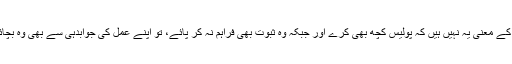
لیکن اس کے معنی یہ نہیں ہیں کہ پولیس کچھ بھی کرے اور جبکہ وہ ثبوت بھی فراہم نہ کر پائے، تو اپنے عمل کی جوابدہی سے بھی وہ بچائی جائے۔